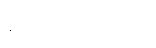
နာတာရှည်ရောဂါ